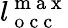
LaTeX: l_{\mathrm{~o~c~c~}}^{\mathrm{~m~a~x~}}